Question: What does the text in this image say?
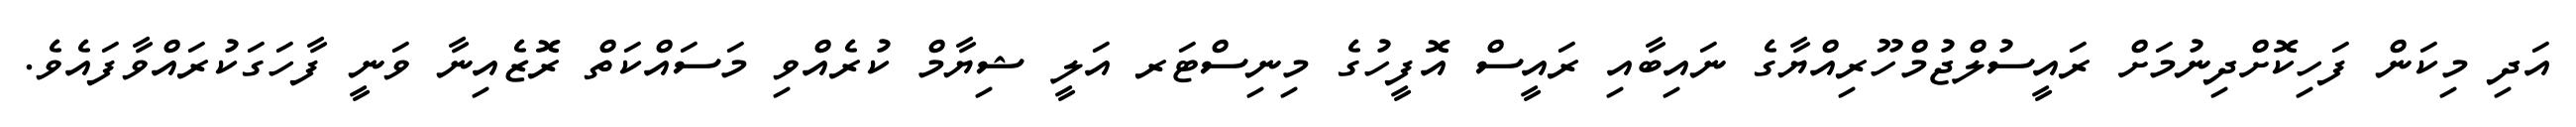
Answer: އަދި މިކަން ފަހިކޮށްދިނުމަށް ރައީސުލްޖުމްހޫރިއްޔާގެ ނައިބާއި ރައީސް އޮފީހުގެ މިނިސްޓަރ އަލީ ޝިޔާމް ކުރެއްވި މަސައްކަތް ރޮޒެއިނާ ވަނީ ފާހަގަކުރައްވާފައެވެ.